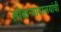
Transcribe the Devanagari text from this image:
लोकन्यायालयांची